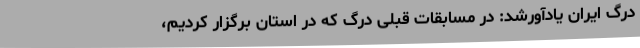
درگ ایران یادآورشد: در مسابقات قبلی درگ که در استان برگزار کردیم،